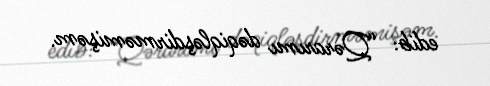
edib: “Qərarımı dəqiqləşdirməmişəm.